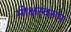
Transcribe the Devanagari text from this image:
मोक्षस्वरूप